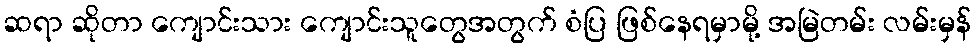
ဆရာ ဆိုတာ ကျောင်းသား ကျောင်းသူတွေအတွက် စံပြ ဖြစ်နေရမှာမို့ အမြဲတမ်း လမ်းမှန်